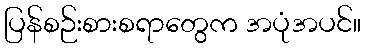
ပြန်စဉ်းစားစရာတွေက အပုံအပင်။